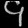
Digit: ၄